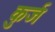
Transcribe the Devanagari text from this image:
कुर्ज